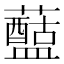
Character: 𧃗